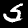
Digit: 5